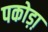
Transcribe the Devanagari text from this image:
पकोड़ा़